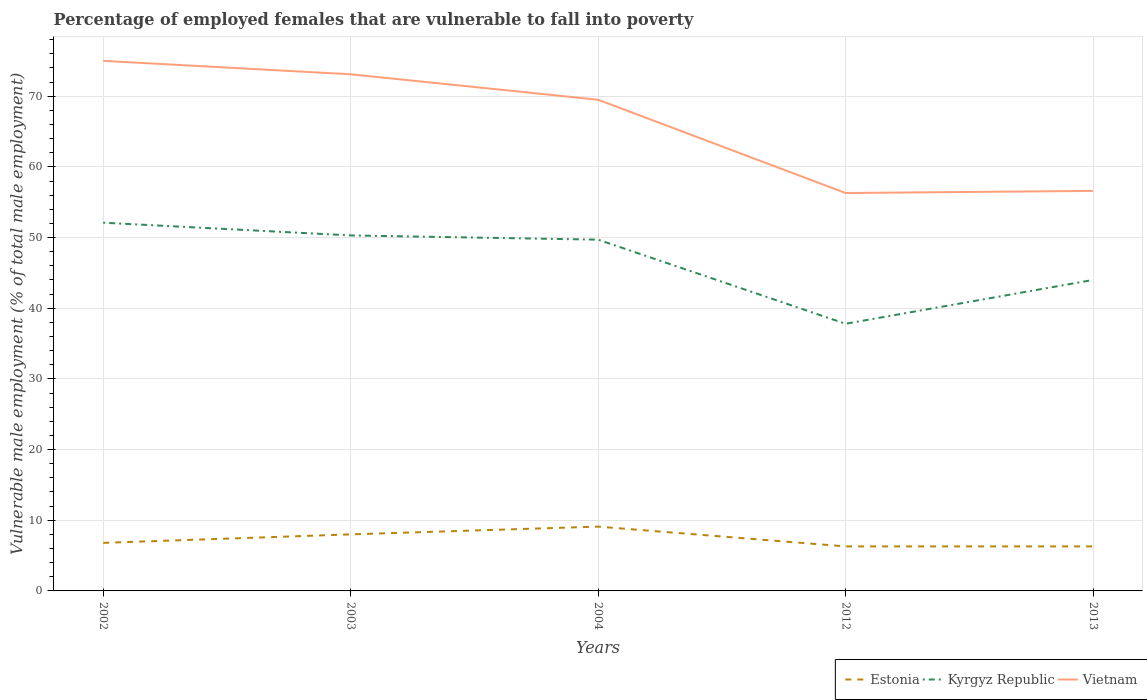
| Years | Estonia | Kyrgyz Republic | Vietnam |
 | --- | --- | --- | --- |
 | 2002 | 6.8 | 52.1 | 75 |
 | 2003 | 8 | 50.3 | 73.1 |
 | 2004 | 9.1 | 49.7 | 69.5 |
 | 2012 | 6.3 | 37.8 | 56.3 |
 | 2013 | 6.3 | 44 | 56.6 |